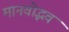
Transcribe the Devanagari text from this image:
मानवोद्भव